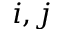
i , j